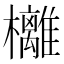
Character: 㰚